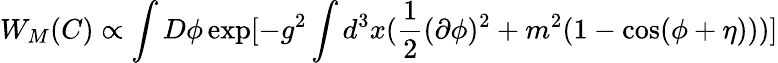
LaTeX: W_{M}(C)\propto\int D\phi\exp[-g^{2}\int d^{3}x(\frac{1}{2}(\partial\phi)^{2}+m^{2}(1-\cos(\phi+\eta)))]